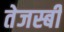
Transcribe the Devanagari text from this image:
तेजस्बी